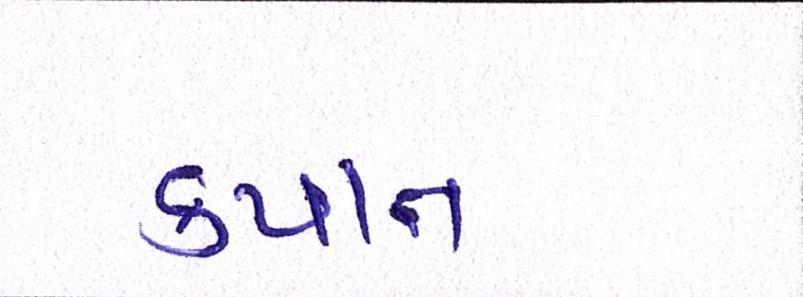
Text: કપાત